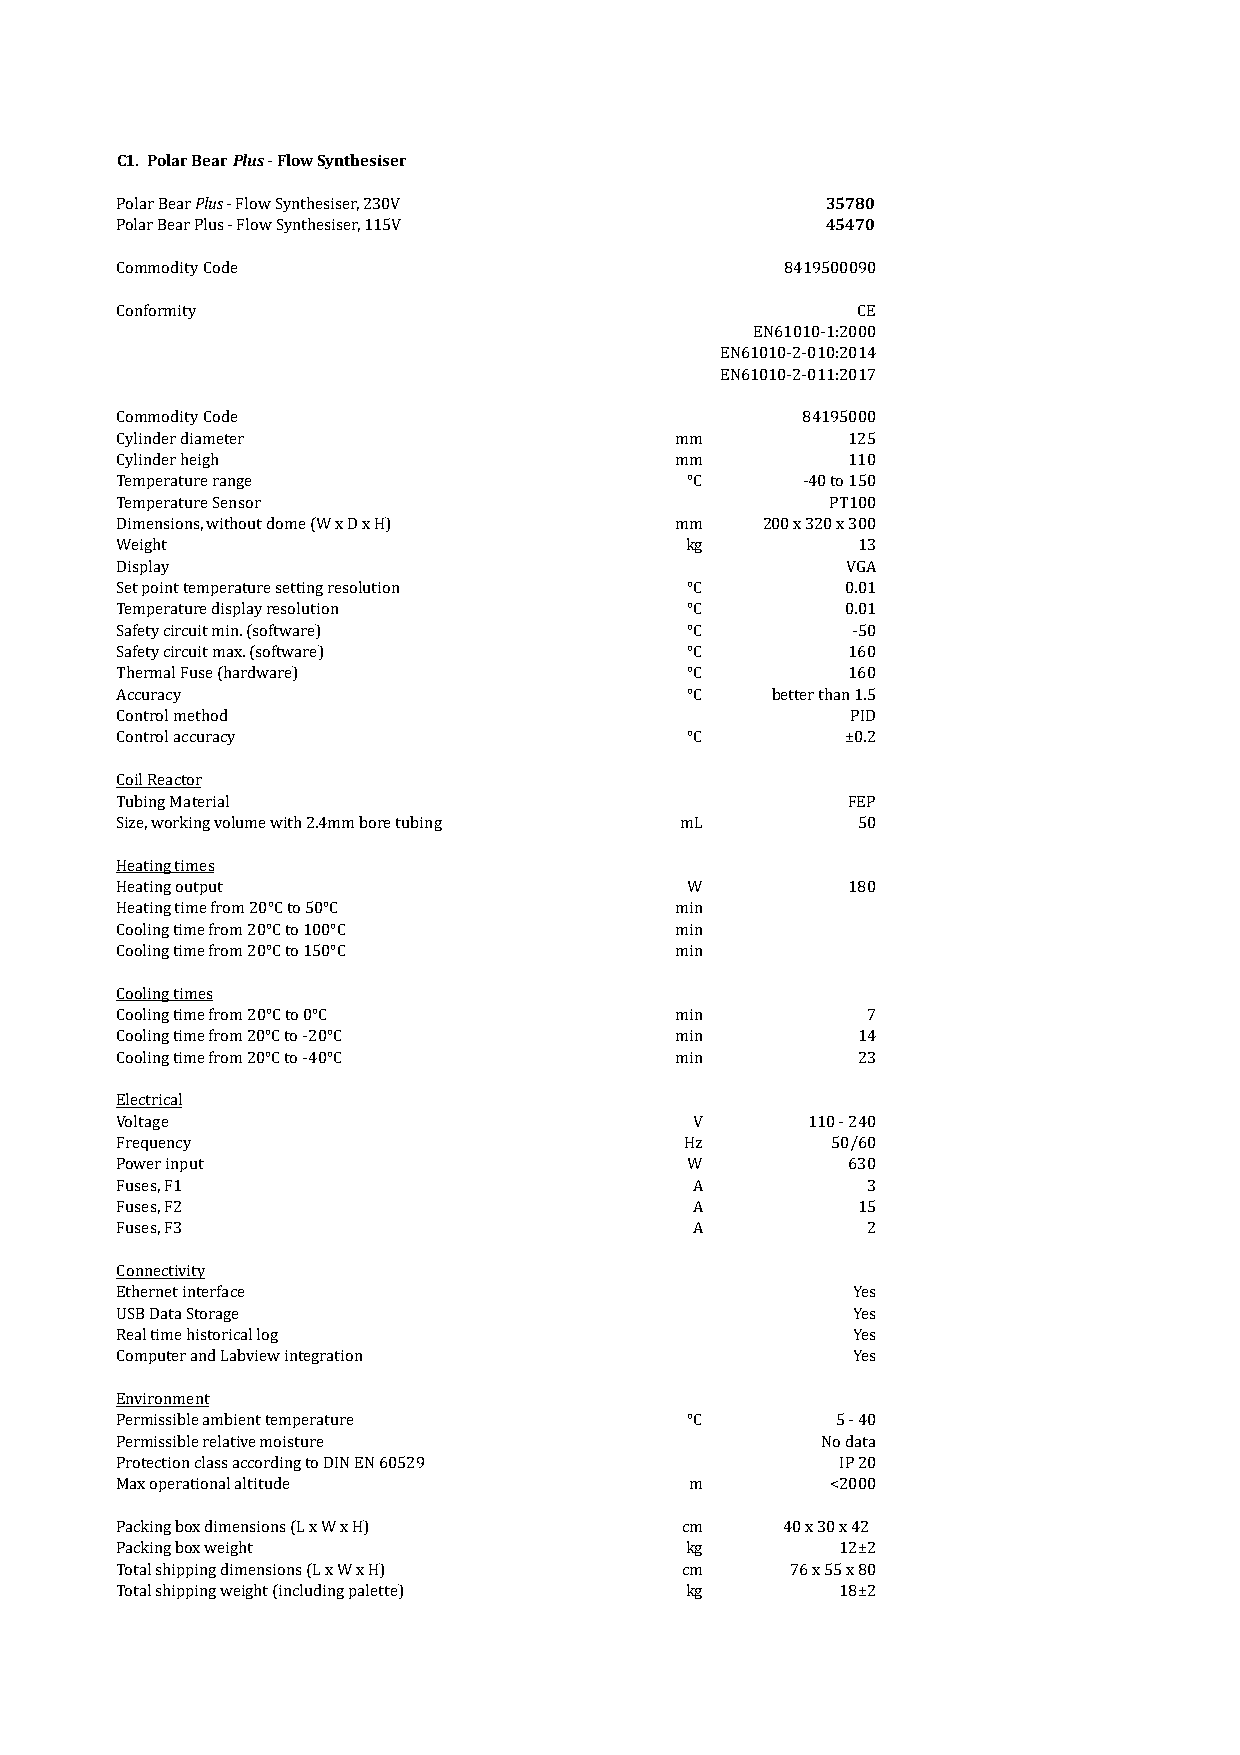
C1. Polar Bear Plus - Flow Synthesiser
 Polar Bear Plus - Flow Synthesiser, 230V       35780
 Polar Bear Plus - Flow Synthesiser, 115V       45470
 Commodity Code                              8419500090
 Conformity                                       CE
 EN61010-1:2000
 EN61010-2-010:2014
 EN61010-2-011:2017
 Commodity Code                               84195000
 Cylinder diameter                    mm         125
 Cylinder heigh                       mm         110
 Temperature range                    °C      -40 to 150
 Temperature Sensor                             PT100
 Dimensions, without dome (W x D x H) mm   200 x 320 x 300
 Weight                               kg          13
 Display                                         VGA
 Set point temperature setting resolution °C     0.01
 Temperature display resolution       °C         0.01
 Safety circuit min. (software)       °C         -50
 Safety circuit max. (software)       °C         160
 Thermal Fuse (hardware)              °C         160
 Accuracy                             °C    better than 1.5
 Control method                                  PID
 Control accuracy                     °C         ±0.2
 Coil Reactor
 Tubing Material                                 FEP
 Size, working volume with 2.4mm bore tubing mL   50
 Heating times
 Heating output                       W          180
 Heating time from 20°C to 50°C       min
 Cooling time from 20°C to 100°C      min
 Cooling time from 20°C to 150°C      min
 Cooling times
 Cooling time from 20°C to 0°C        min         7
 Cooling time from 20°C to -20°C      min         14
 Cooling time from 20°C to -40°C      min         23
 Electrical
 Voltage                               V      110 - 240
 Frequency                            Hz        50/60
 Power input                          W          630
 Fuses, F1                             A          3
 Fuses, F2                             A          15
 Fuses, F3                             A          2
 Connectivity
 Ethernet interface                              Yes
 USB Data Storage                                Yes
 Real time historical log                        Yes
 Computer and Labview integration                Yes
 Environment
 Permissible ambient temperature      °C        5 - 40
 Permissible relative moisture                 No data
 Protection class according to DIN EN 60529      IP 20
 Max operational altitude              m        <2000
 Packing box dimensions (L x W x H)   cm     40 x 30 x 42
 Packing box weight                   kg         12±2
 Total shipping dimensions (L x W x H) cm    76 x 55 x 80
 Total shipping weight (including palette) kg    18±2